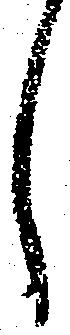
し